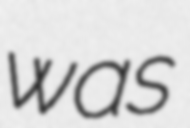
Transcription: was